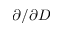
\partial / \partial D